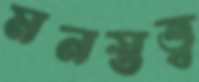
মনস্তত্ত্ব